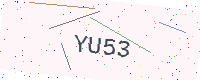
Text: YU53